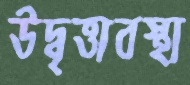
উদ্বৃত্তাবস্থা